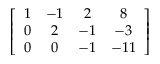
\left[ { \begin{array} { c c c c } { 1 } & { - 1 } & { 2 } & { 8 } \\ { 0 } & { 2 } & { - 1 } & { - 3 } \\ { 0 } & { 0 } & { - 1 } & { - 1 1 } \end{array} } \right]